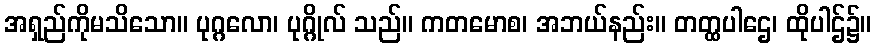
အရှည်ကိုမသိသော။ ပုဂ္ဂလော၊ ပုဂ္ဂိုလ် သည်။ ကတမောစ၊ အဘယ်နည်း။ တတ္ထပါဌေ၊ ထိုပါဌ်၌။